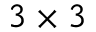
3 \times 3